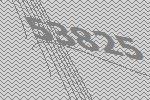
53825